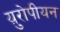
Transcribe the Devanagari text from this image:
य़ुरोपीयन